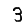
Digit: 3